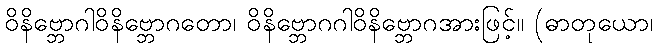
ဝိနိဗ္ဘောဂါဝိနိဗ္ဘောဂတော၊ ဝိနိဗ္ဘောဂဂါဝိနိဗ္ဘောဂအားဖြင့်။ (ဓာတုယော၊